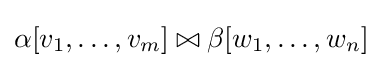
\alpha [v_{1},\dots ,v_{m}]\bowtie \beta [w_{1},\dots ,w_{n}]